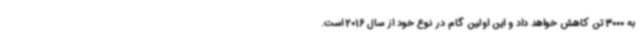
به 3000 تن کاهش خواهد داد و این اولین گام در نوع خود از سال 2016 است.